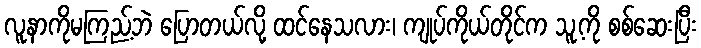
လူနာကိုမကြည့်ဘဲ ပြောတယ်လို့ ထင်နေသလား၊ ကျုပ်ကိုယ်တိုင်က သူ့ကို စစ်ဆေးပြီး